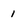
Character: 1